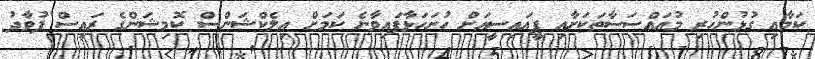
ކަމާއި ގުޅުންހުރި މުއައްސަސާތަކަށާއި ޕީއައިސީއަށް ހުށަހަޅާފައިވާނެ ކަމަށް އިލެކްޝަންސް ކޮމިޝަންގެ ރައީސް ފުވާދު